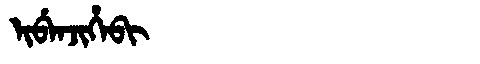
Manchu: ᡳᠪᡝᠨᠵᡳᡥᡝᠪᡳ
Romanization: IBENJIHEBI